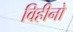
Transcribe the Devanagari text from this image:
विहीनो